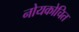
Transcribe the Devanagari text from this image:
नोयकोचित